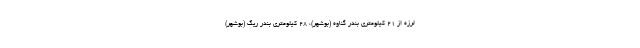
لرزه از ۲۱ کیلومتری بندر گناوه (بوشهر)، ۲۸ کیلومتری بندر ریگ (بوشهر)